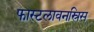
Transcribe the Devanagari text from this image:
फास्टलावनस्रिस